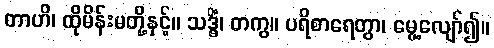
တာဟိ၊ ထိုမိန်းမတို့နှင့်။ သဒ္ဓိံ၊ တကွ။ ပရိစာရေတွာ၊ မွေ့လျော်၍။